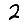
Digit: 2